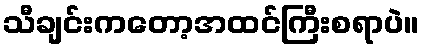
သီချင်းကတော့အထင်ကြီးစရာပဲ။